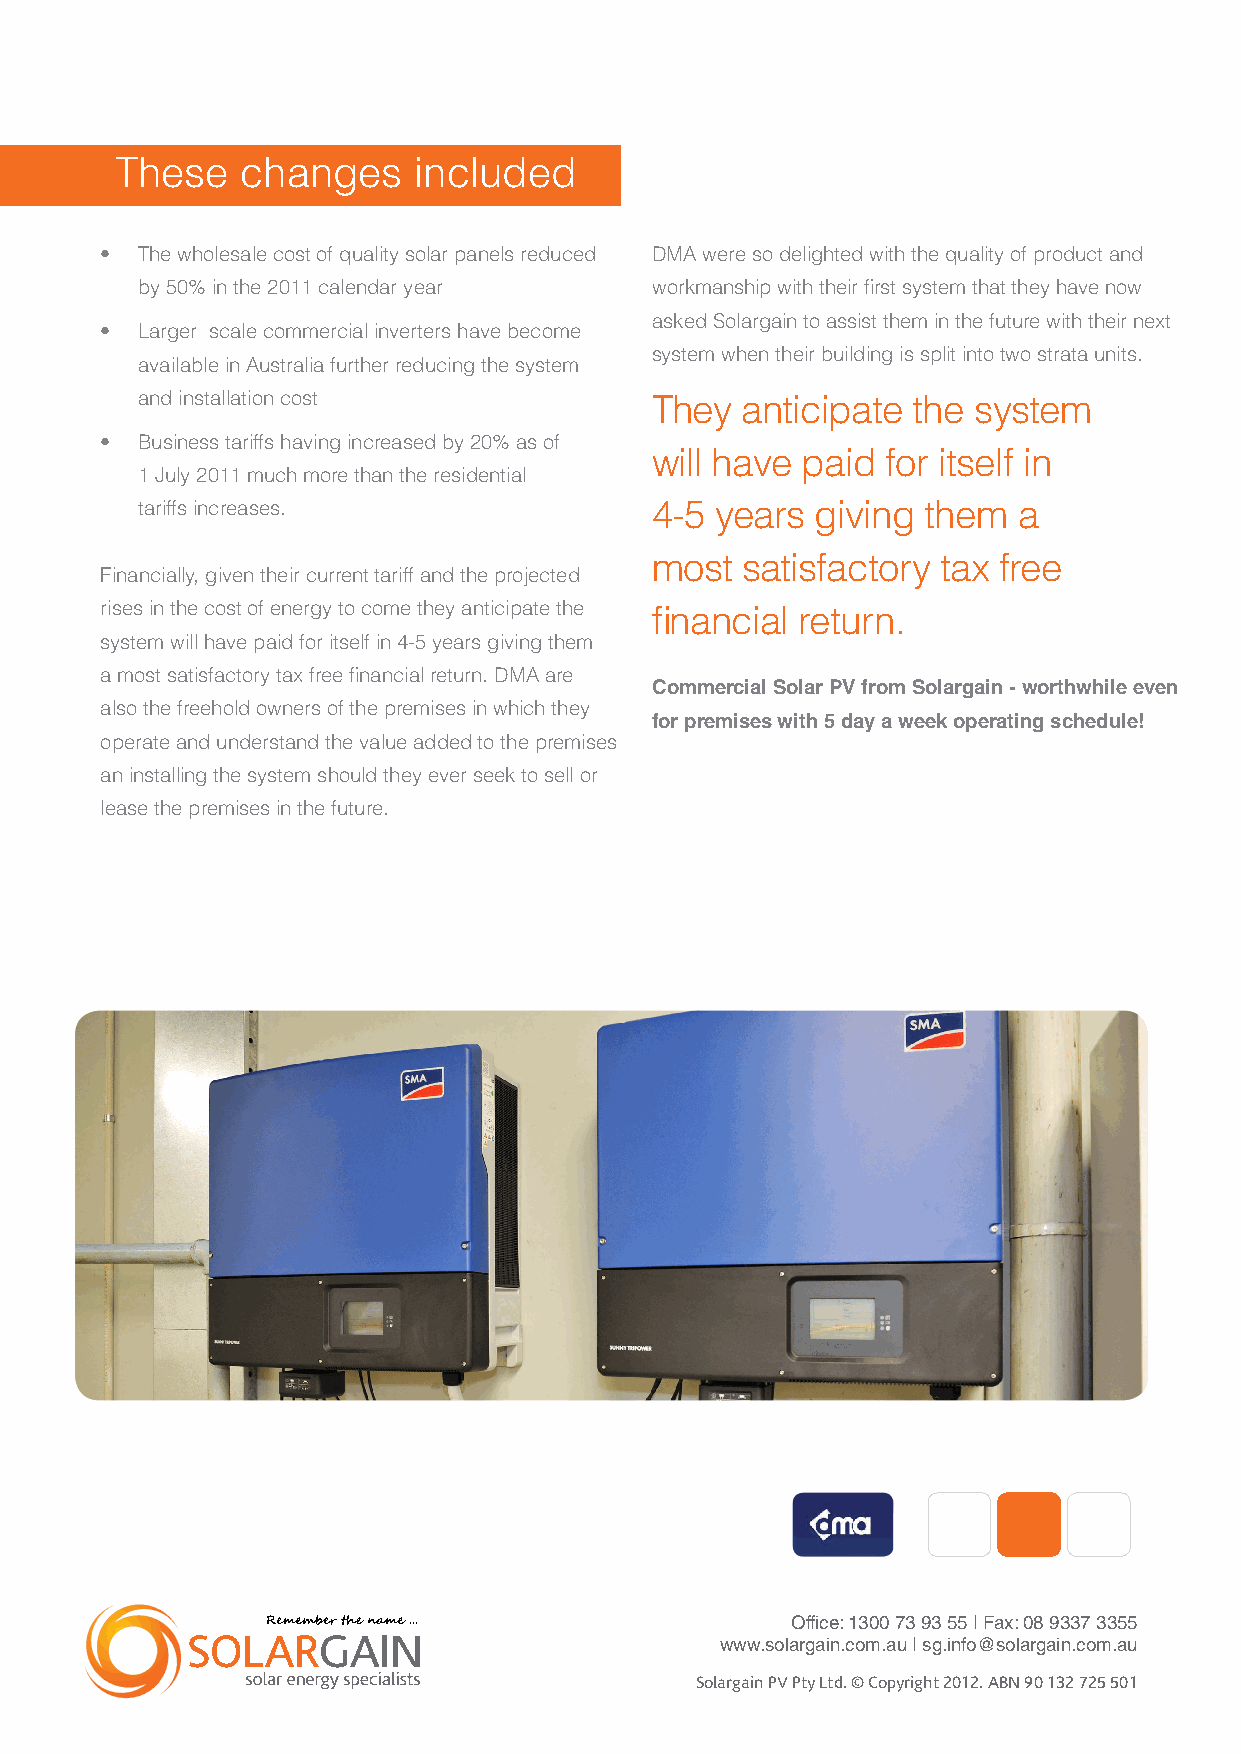
These   changes    included
 • The wholesale cost of quality solar panels reduced DMA were so delighted with the quality of product and
 by 50% in the 2011 calendar year  workmanship with their first system that they have now
 asked Solargain to assist them in the future with their next
 • Larger scale commercial inverters have become
 system when their building is split into two strata units.
 available in Australia further reducing the system
 and installation cost             They  anticipate the system
 • Business tariffs having increased by 20% as of
 will have paid  for itself in
 1 July 2011 much more than the residential
 tariffs increases.                4-5 years  giving them  a
 most  satisfactory tax free
 Financially, given their current tariff and the projected
 rises in the cost of energy to come they anticipate the financial return.
 system will have paid for itself in 4-5 years giving them
 a most satisfactory tax free financial return. DMA are
 Commercial Solar PV from Solargain - worthwhile even
 also the freehold owners of the premises in which they
 for premises with 5 day a week operating schedule!
 operate and understand the value added to the premises
 an installing the system should they ever seek to sell or
 lease the premises in the future.
 Office: 1300 73 93 55 | Fax: 08 9337 3355
 www.solargain.com.au | sg.info@solargain.com.au
 Solargain PV Pty Ltd. © Copyright 2012. ABN 90 132 725 501